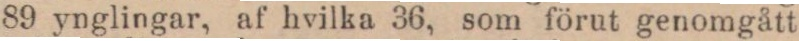
89 ynglingar, af hvilka 36, som förut genomgått